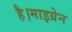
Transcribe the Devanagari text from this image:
है।माइग्रेन